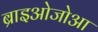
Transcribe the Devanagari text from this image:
ब्राइओजोआ